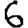
Digit: 6